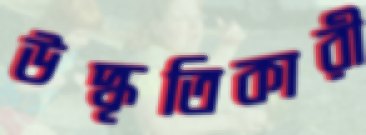
উদ্ধৃতিকারী